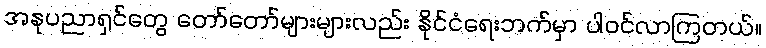
အနုပညာရှင်တွေ တော်တော်များများလည်း နိုင်ငံရေးဘက်မှာ ပါဝင်လာကြတယ်။